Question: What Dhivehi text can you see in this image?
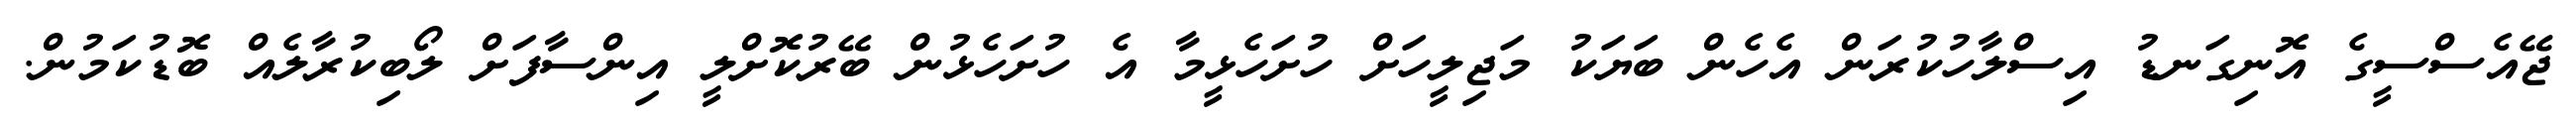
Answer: ޖޭއެސްސީގެ އޮނިގަނޑު އިސްލާހުކުރަން އެހެން ބަޔަކު މަޖިލީހަށް ހުށަހެޅީމާ އެ ހުށަހެޅުން ބޭރުކޮށްލީ އިންސާފަށް ލޯބިކުރާލެއް ބޮޑުކަމުން.